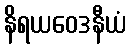
နိရယဝေဒနီယံ